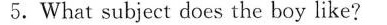
5.What subject does the boy like?